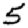
Digit: 5